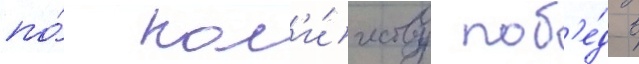
по́ кол'и́честву поб'е́д в